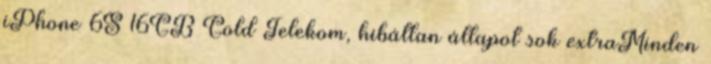
iPhone 6S 16GB Gold Telekom, hibátlan állapot sok extraMinden